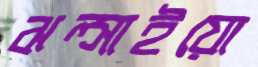
ঝল্‌সাইয়ো